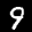
Label: 9